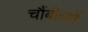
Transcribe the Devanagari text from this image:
चौंबीसवें